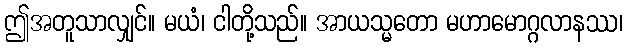
ဤအတူသာလျှင်။ မယံ၊ ငါတို့သည်။ အာယသ္မတော မဟာမောဂ္ဂလာနဿ၊